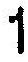
1